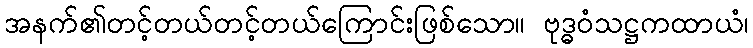
အနက်၏တင့်တယ်တင့်တယ်ကြောင်းဖြစ်သော။ ဗုဒ္ဓဝံသဋ္ဌကထာယံ၊